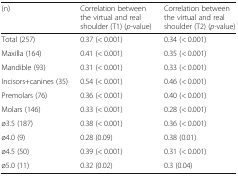
<table><thead><tr><td><b>(n)</b></td><td><b>Correlation between the virtual and real shoulder (T1) (<i>p-</i>value)</b></td><td><b>Correlation between the virtual and real shoulder (T2) (<i>p-</i>value)</b></td></tr></thead><tbody><tr><td>Total (257)</td><td>0.37 (&lt; 0.001)</td><td>0.34 (&lt; 0.001)</td></tr><tr><td>Maxilla (164)</td><td>0.41 (&lt; 0.001)</td><td>0.35 (&lt; 0.001)</td></tr><tr><td>Mandible (93)</td><td>0.31 (&lt; 0.001)</td><td>0.33 (&lt; 0.001)</td></tr><tr><td>Incisors+canines (35)</td><td>0.54 (&lt; 0.001)</td><td>0.46 (&lt; 0.001)</td></tr><tr><td>Premolars (76)</td><td>0.36 (&lt; 0.001)</td><td>0.40 (&lt; 0.001)</td></tr><tr><td>Molars (146)</td><td>0.33 (&lt; 0.001)</td><td>0.28 (&lt; 0.001)</td></tr><tr><td>ø3.5 (187)</td><td>0.38 (&lt; 0.001)</td><td>0.36 (&lt; 0.001)</td></tr><tr><td>ø4.0 (9)</td><td>0.28 (0.09)</td><td>0.38 (0.01)</td></tr><tr><td>ø4.5 (50)</td><td>0.39 (&lt; 0.001)</td><td>0.31 (&lt; 0.001)</td></tr><tr><td>ø5.0 (11)</td><td>0.32 (0.02)</td><td>0.3 (0.04)</td></tr></tbody></table>